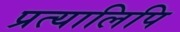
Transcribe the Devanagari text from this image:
प्रत्यालिपि